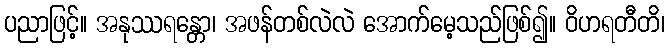
ပညာဖြင့်။ အနုဿရန္တော၊ အဖန်တစ်လဲလဲ အောက်မေ့သည်ဖြစ်၍။ ဝိဟရတီတိ၊